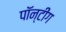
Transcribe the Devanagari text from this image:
पॉन्टींग